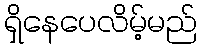
ရှိနေပေလိမ့်မည်